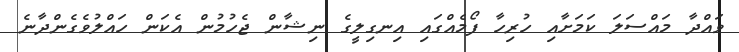
ވައްދާ މައްސަލަ ކަމަށާއި ހުރިހާ ފޯމެއްގައި އިނގިލީގެ ނިޝާން ޖެހުމުން އެކަން ހައްލުވެގެންދާނެ